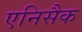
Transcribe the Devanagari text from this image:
एनिसैक